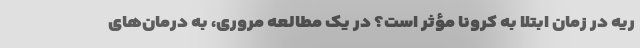
ریه در زمان ابتلا به کرونا مؤثر است؟ در یک مطالعه مروری، به درمان‌های